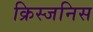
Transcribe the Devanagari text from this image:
क्रिस्जनिस